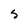
Character: S